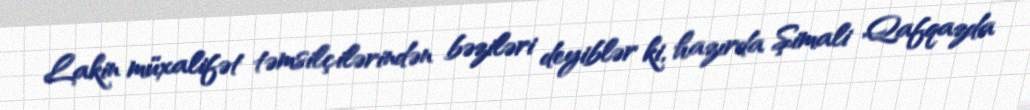
Lakin müxalifət təmsilçilərindən bəziləri deyiblər ki, hazırda Şimali Qafqazda